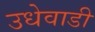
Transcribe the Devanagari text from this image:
उधेवाडी